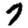
Digit: 7